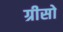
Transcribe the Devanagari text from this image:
ग्रीसो